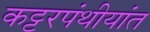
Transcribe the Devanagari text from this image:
कट्टरपंथीयांत